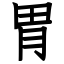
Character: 胃